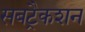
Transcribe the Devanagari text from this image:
सबट्रैकशन